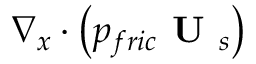
\nabla _ { x } \cdot \left( p _ { f r i c } \textbf { U } _ { s } \right)